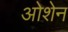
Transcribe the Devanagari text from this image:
ओशेन